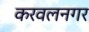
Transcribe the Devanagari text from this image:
करवलनगर